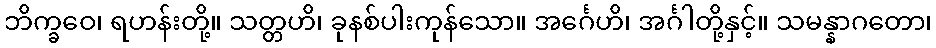
ဘိက္ခဝေ၊ ရဟန်းတို့။ သတ္တဟိ၊ ခုနစ်ပါးကုန်သော။ အင်္ဂေဟိ၊ အင်္ဂါတို့နှင့်။ သမန္နာဂတော၊